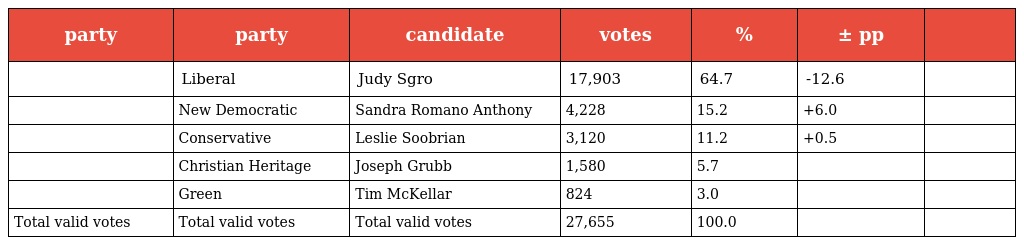
| party | party | candidate | votes | % | ± pp |  |
 | --- | --- | --- | --- | --- | --- | --- |
 |  | Liberal | Judy Sgro | 17,903 | 64.7 | -12.6 |  |
 |  | New Democratic | Sandra Romano Anthony | 4,228 | 15.2 | +6.0 |  |
 |  | Conservative | Leslie Soobrian | 3,120 | 11.2 | +0.5 |  |
 |  | Christian Heritage | Joseph Grubb | 1,580 | 5.7 |  |  |
 |  | Green | Tim McKellar | 824 | 3.0 |  |  |
 | Total valid votes | Total valid votes | Total valid votes | 27,655 | 100.0 |  |  |